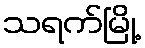
သရက်မြို့